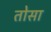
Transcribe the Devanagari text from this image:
तोसा